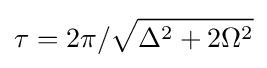
\tau =2\pi /{\sqrt {\Delta ^{2}+2\Omega ^{2}}}